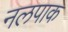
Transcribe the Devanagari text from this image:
नलपाक